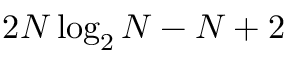
2 N \log _ { 2 } N - N + 2